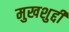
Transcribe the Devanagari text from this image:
मुखशुद्दी